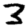
Digit: 3